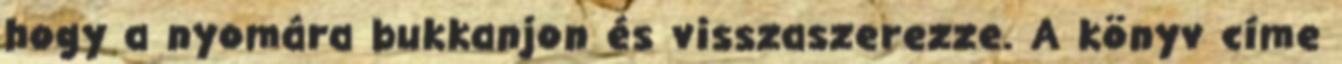
hogy a nyomára bukkanjon és visszaszerezze. A könyv címe